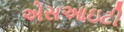
એસઆઇટી